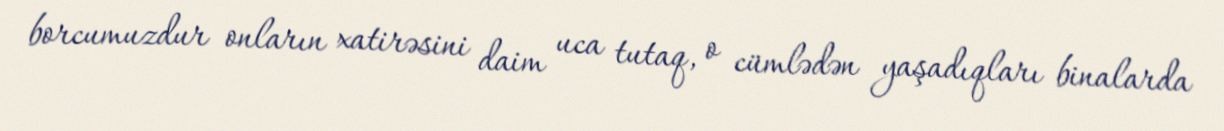
borcumuzdur onların xatirəsini daim uca tutaq, o cümlədən yaşadıqları binalarda